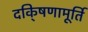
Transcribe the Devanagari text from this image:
दकि्षणामूर्ति